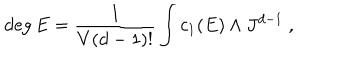
\deg E = \frac { 1 } { V ( d - 1 ) ! } \int c _ { 1 } ( E ) \wedge J ^ { d - 1 } \ ,